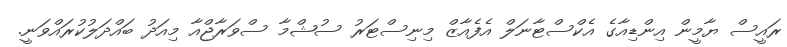
ރައީސް ޔާމީން އިންޑިއާގެ އެކްސްޓާނަލް އެފެއާޒް މިނިސްޓަރު ސުޝްމާ ސްވަރާޖްއާ މިއަދު ބައްދަލުކުރައްވަނީ.